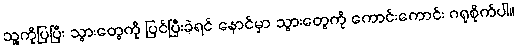
သူ့ကိုပြပြီး သွားတွေကို ပြင်ပြီးခဲ့ရင် နောင်မှာ သွားတွေကို ကောင်းကောင်း ဂရုစိုက်ပါ။